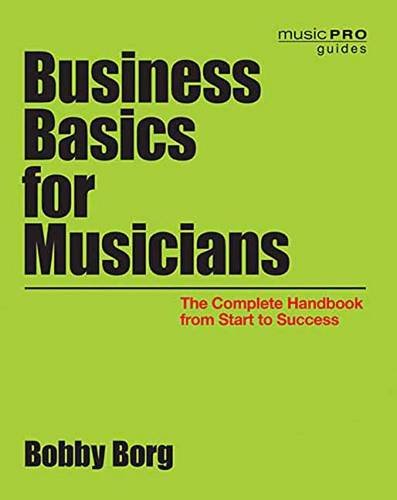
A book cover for Business Basics for Musicians: The Complete Handbook from Start to Success (Music Pro Guides); Bobby Borg; Arts & Photography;